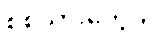
စစ်သားတွေက